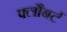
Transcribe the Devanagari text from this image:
फ्लौबर्ट